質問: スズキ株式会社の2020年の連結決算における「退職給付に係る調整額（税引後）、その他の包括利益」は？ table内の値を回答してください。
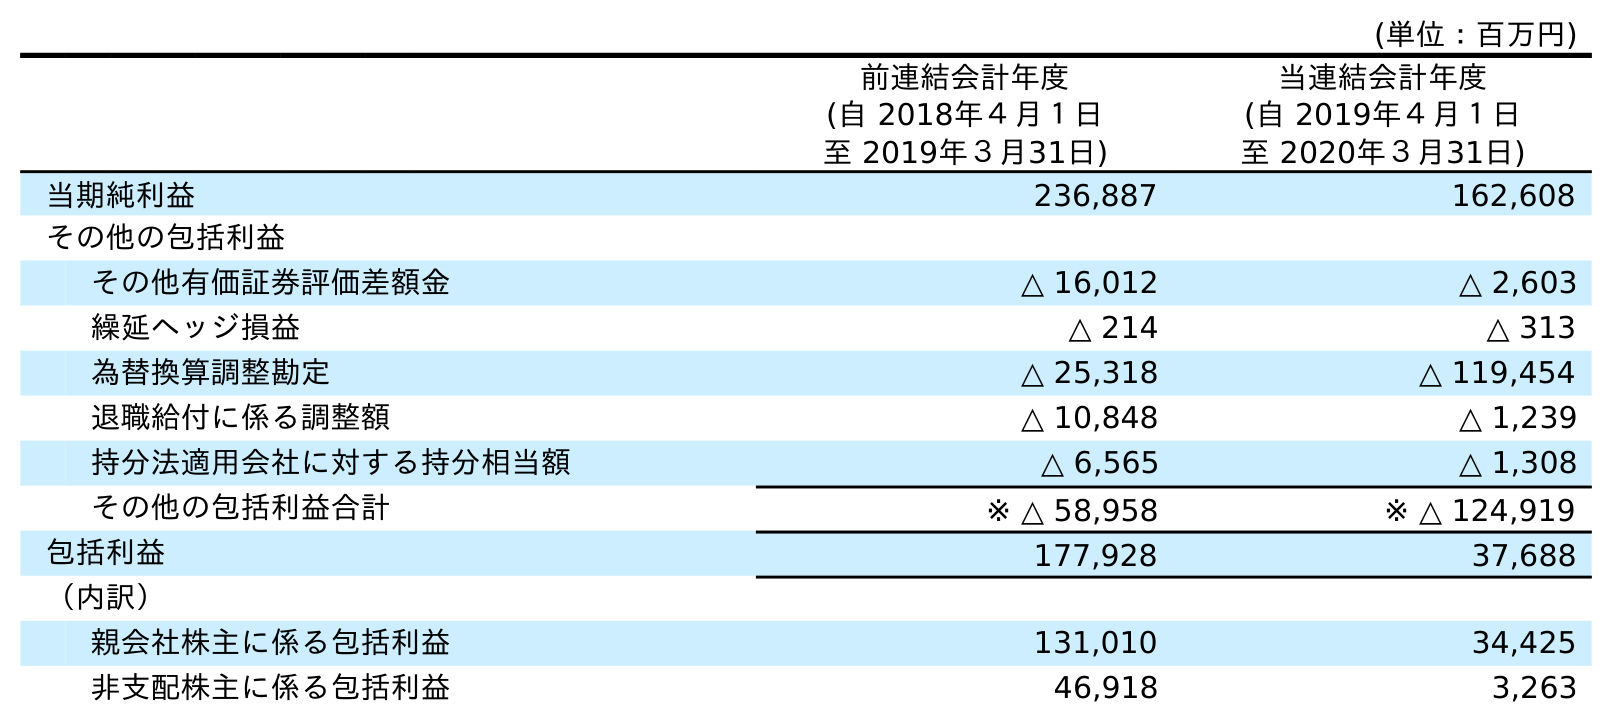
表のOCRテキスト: (単位：百万円) 前連結会計年度 (自 2018年４月１日 至 2019年３月31日) 当連結会計年度 (自 2019年４月１日 至 2020年３月31日) 当期純利益 236,887 162,608 その他の包括利益 その他有価証券評価差額金 △ 16,012 △ 2,603 繰延ヘッジ損益 △ 214 △ 313 為替換算調整勘定 △ 25,318 △ 119,454 退職給付に係る調整額 △ 10,848 △ 1,239 持分法適用会社に対する持分相当額 △ 6,565 △ 1,308 その他の包括利益合計 ※ △ 58,958 ※ △ 124,919 包括利益 177,928 37,688 （内訳） 親会社株主に係る包括利益 131,010 34,425 非支配株主に係る包括利益 46,918 3,263
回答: △1,239